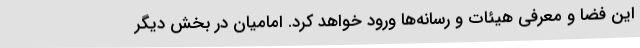
این فضا و معرفی هیئات و رسانه‌ها ورود خواهد کرد. امامیان در بخش دیگر